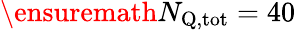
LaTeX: \ensuremath{N_{\mathrm{Q,tot}}}=40